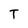
Character: T